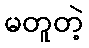
မတူတဲ့